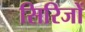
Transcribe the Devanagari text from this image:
सिरिजों